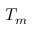
T _ { m }